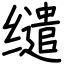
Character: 缱